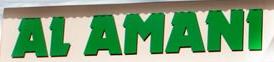
al